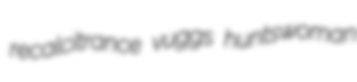
recalcitrance vuggs huntswoman